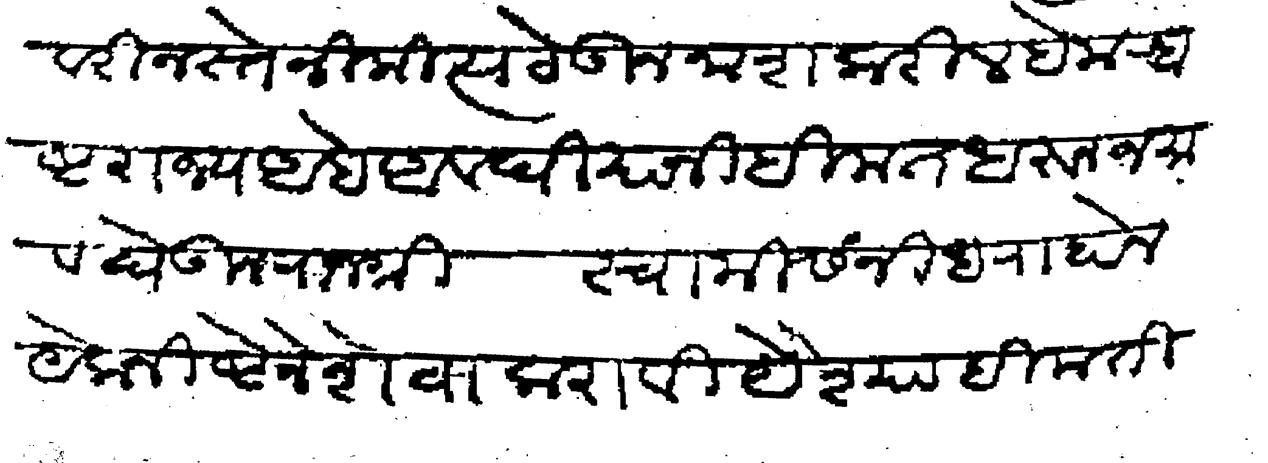
Transliteration (Devanagari): नस्ते निमित्य ठेऊन नाश करील हे महाष्ट राज्य आहे अवधियांनी हिंमत धरून जमाव घेऊन राजश्री स्वामी संनीध राहोन येकनिष्टेने शेवा करावी यैश्या हिंमती